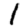
Digit: 1